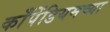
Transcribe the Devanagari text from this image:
काँपेंडियमच्या